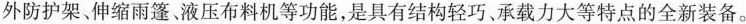
外防护架。伸缩雨篷液压布料机等功能，是具有结构轻巧、承载力大等特点的全新装备。